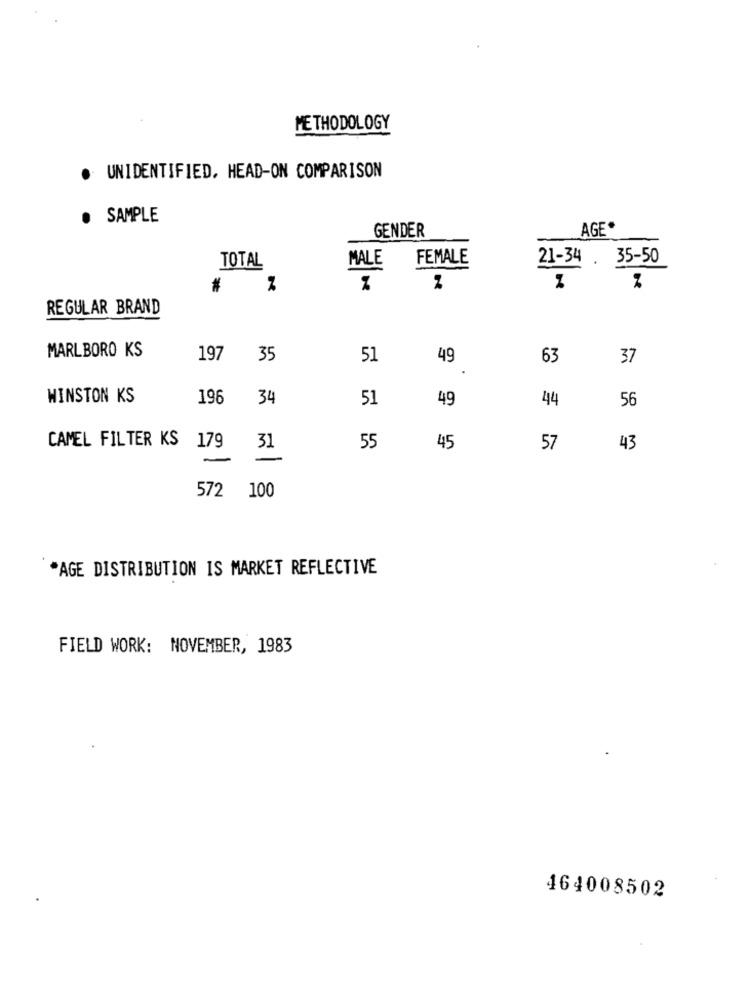
METHODOLOGY
. UNIDENTIFIED. HEAD-ON COMPARISON
SAMPLE
GENDER
AGE*
MALE
FEMALE
21-34 .
35-50
TOTAL
#
REGULAR BRAND
MARLBORO KS
197
35
51
49
63
37
.
WINSTON KS
196
34
51
49
44
56
55
CAMEL FILTER KS 179
31
45
57
43
-
572 100
*AGE DISTRIBUTION IS MARKET REFLECTIVE
FIELD WORK: NOVEMBER, 1983
464008502